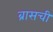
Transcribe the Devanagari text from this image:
ब्रासची